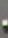
-